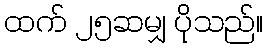
ထက် ၂၅ဆမျှ ပိုသည်။